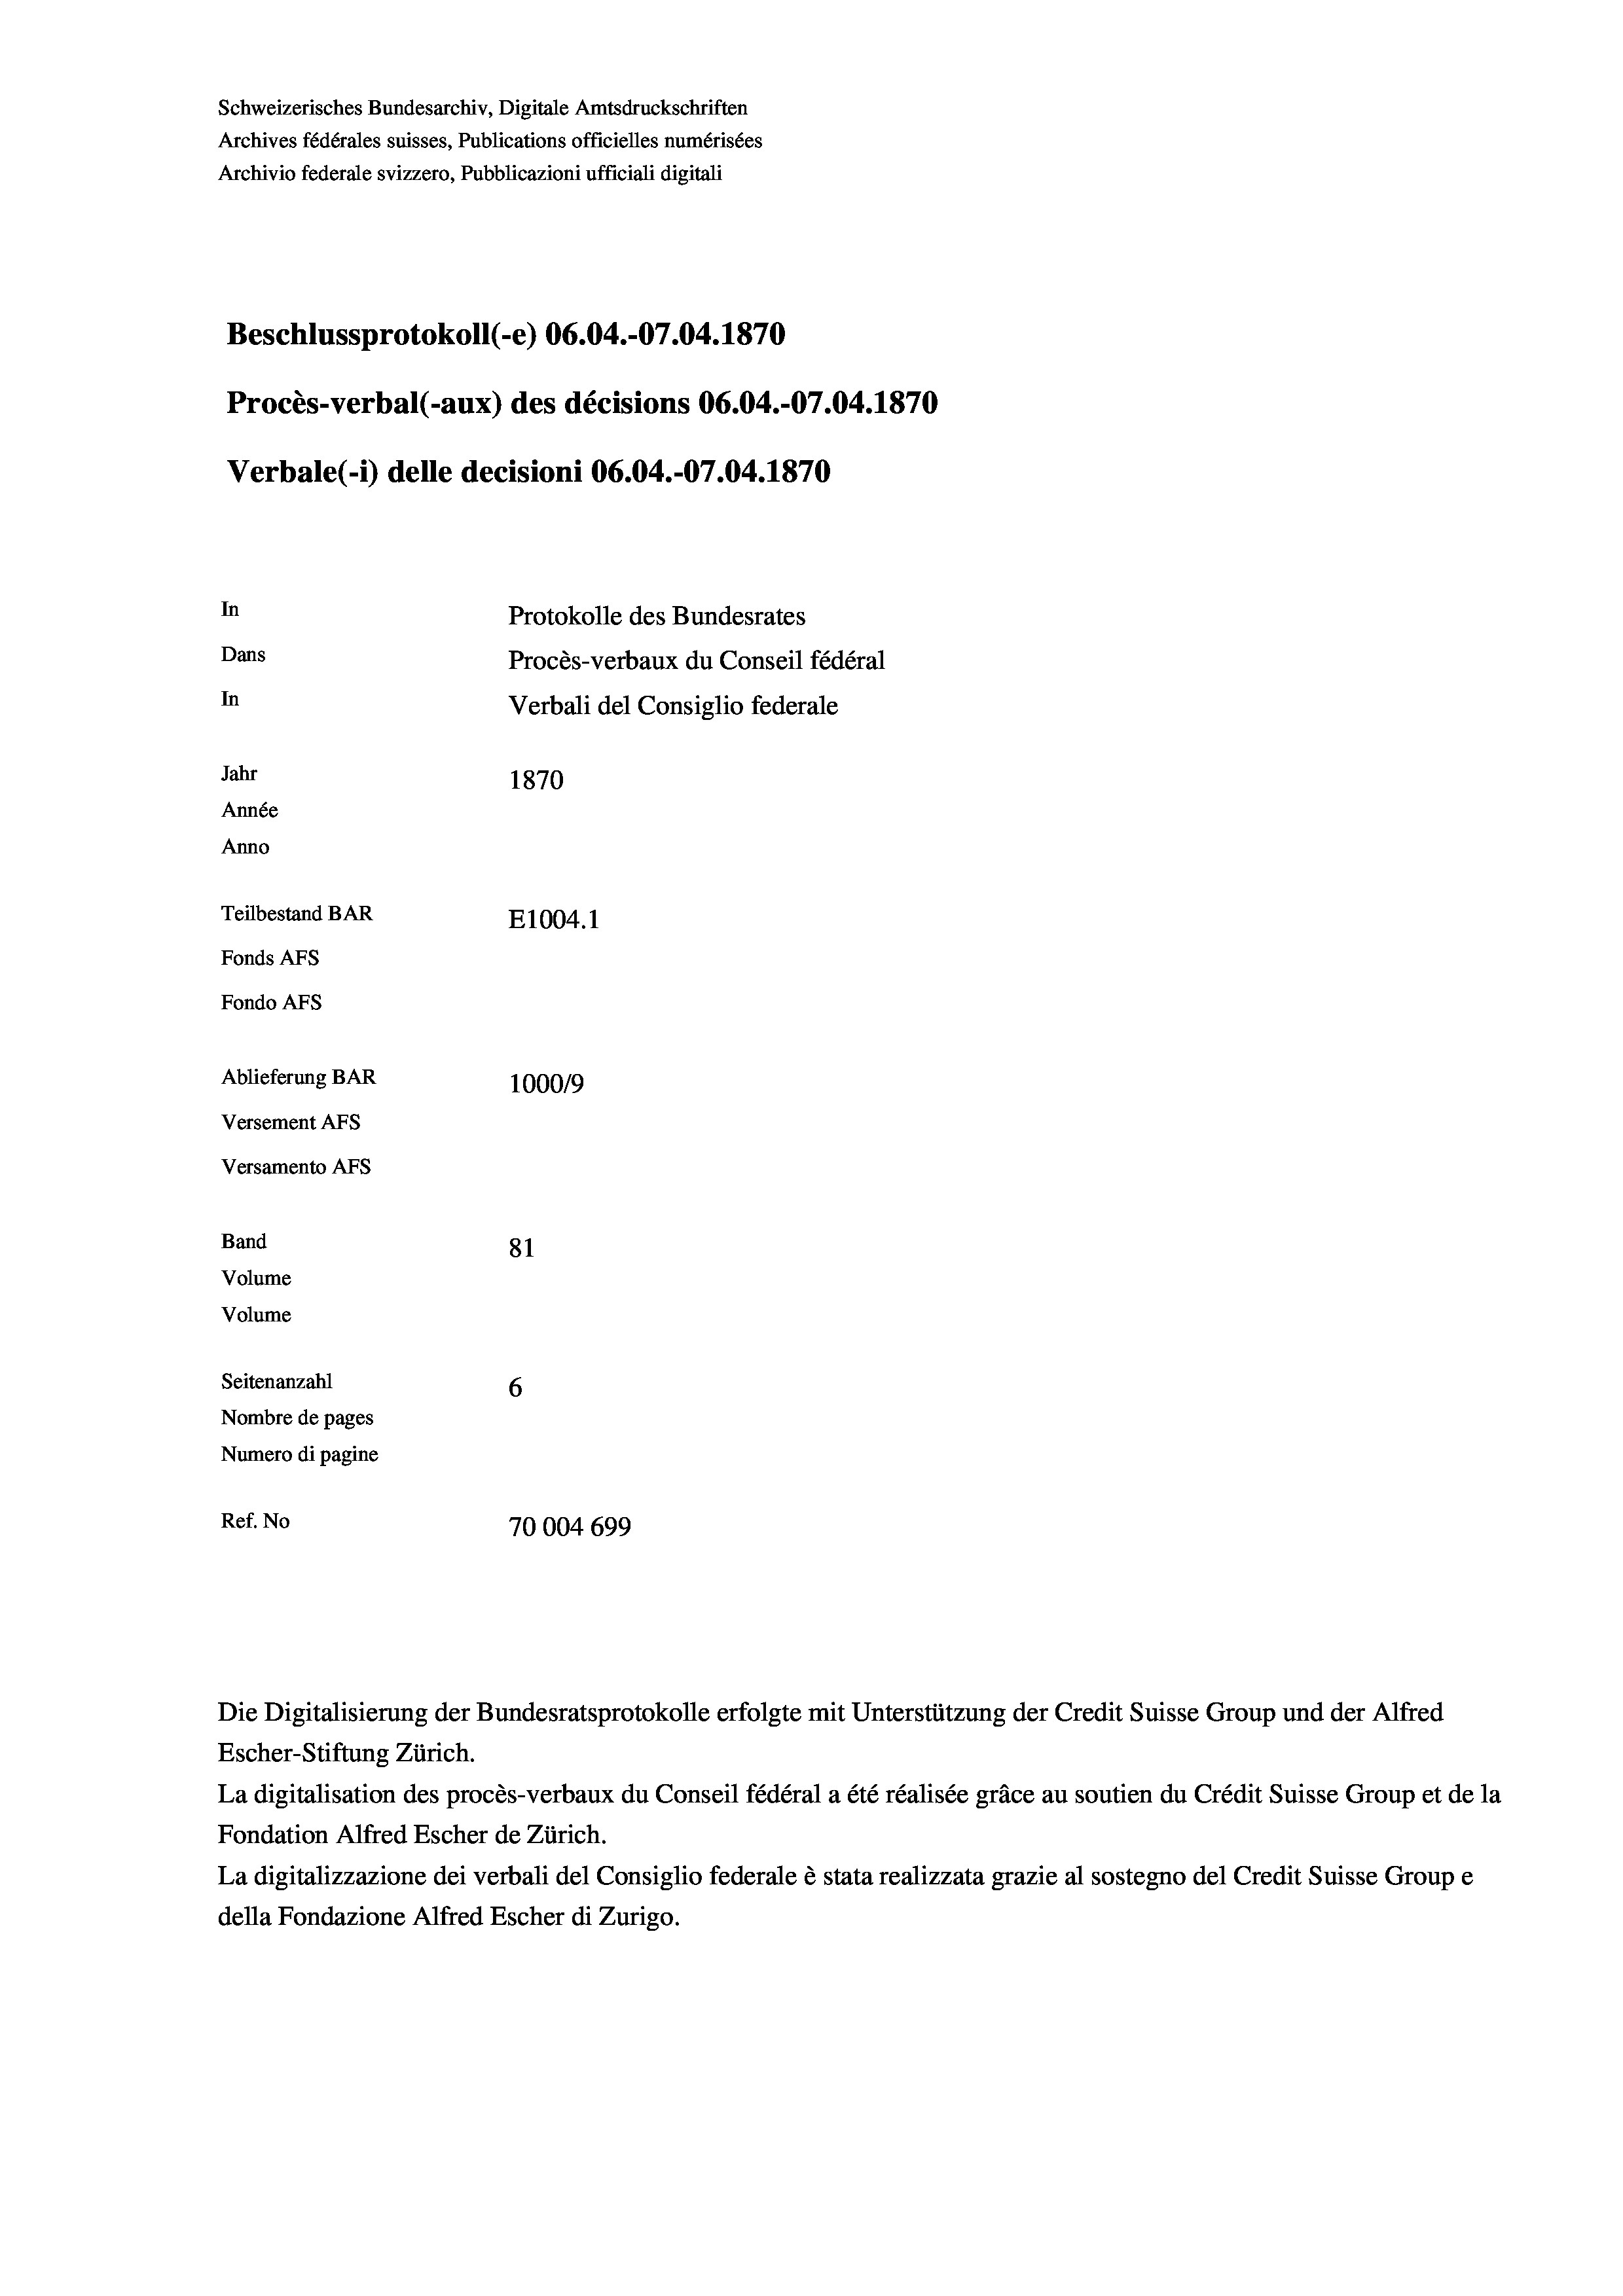
Schweizerisches Bundesarchiv, Digitale Amtsdruckschriften
Archives fédérales suisses, Publications officielles numérisées
Archivio federale svizzero, Pubblicazioni ufficiali digitali
Beschlussprotokoll (-e) 06.04.-07.04. 1870
Procès-verbal (-aux) des décisions 06.04.-07.04. 1870
Verbale (- 1) delle decisioni 06.04.-07.04. 1870
In
Protokolle des Bundesrates
Dans
Procès-verbaux du Conseil fédéral
In
Verbali del Consiglio federale
Jahr
1870
Année
Anno
Teilbestand BAR
E1004.1
Fonds AFs
Fondo AFs
Ablieferung BAR
100019
Versement AFs
Versamento AFs
Band
81
Volume
Volume

Seitenanzahl
6
Nombre de pages
Numero di pagine
Ref. No
70004699

Escher-Stiftung Zürich.
La digitalisation des procès-verbaux du Conseil fédéral a été réalisée gräce au soutien du Crédit Suisse Group et de la
Fondation Alfred Escher de Zürich.
La digitalizzazione dei verbali del Consiglio federale è stata realizzata grazie al sostegno del Credit Suisse Groupe
della Fondazione Alfred Escher di Zurigo.

Die Digitalisierung der Bundesratsprotokolle erfolgte mit Unterstützung der Credit Suisse Group und der Alfred